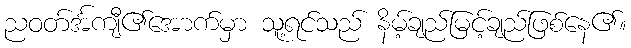
ညဝတ်င်္အကျီ၏အောက်မှာ သူ့ရင်သည် နိမ့်ချည်မြင့်ချည်ဖြစ်နေ၏။